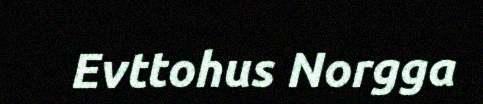
Evttohus Norgga